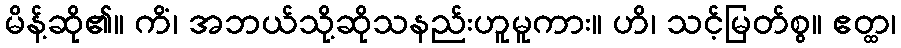
မိန့်ဆို၏။ ကိံ၊ အဘယ်သို့ဆိုသနည်းဟူမူကား။ ဟိ၊ သင့်မြတ်စွ။ ဧတ္ထ၊